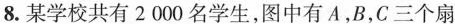
8.某学校共有2000名学生，图中有A，B，C三个扇